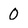
Character: 0